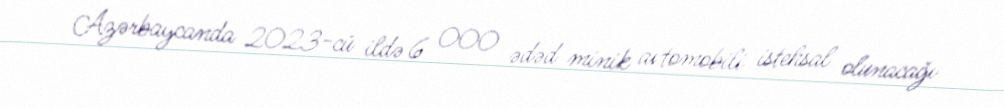
Azərbaycanda 2023-cü ildə 6 000 ədəd minik avtomobili istehsal olunacağı